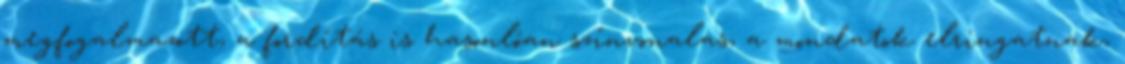
megfogalmazott, a fordítás is hasonlóan színvonalas, a mondatok elringatnak,